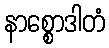
နာစ္စောဒါတံ